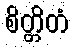
စိတ္တိတံ